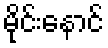
မိုင်းနောင်